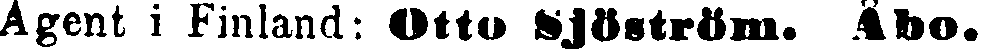
Agent i Finland: Otto Sjöström, Åbo.